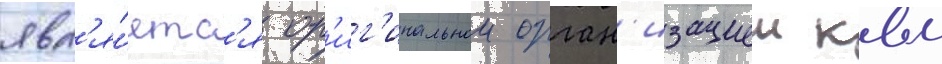
явл'я́етс'я ор'иг'инальнои орган'изациеи квм